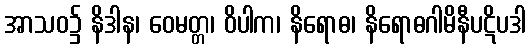
အာသဝ၌ နိဒါန၊ ဝေမတ္တ၊ ဝိပါက၊ နိရောဓ၊ နိရောဓဂါမိနီပဋိပဒါ